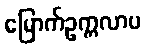
မြောက်ဥက္ကလာပ